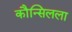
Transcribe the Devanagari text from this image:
कौन्सिलला